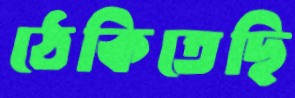
ঠেকিতেছি